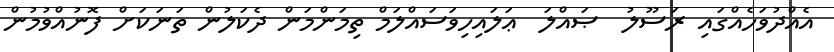
އެއްދުވަހެއްގައި ރަސޫލު  ޞައްލަ  ޢަލައިހިވަސައްލަމް ތިމަންމަން ދެކަލުން ތަނަކަށް ފޮނުއްވުމުން